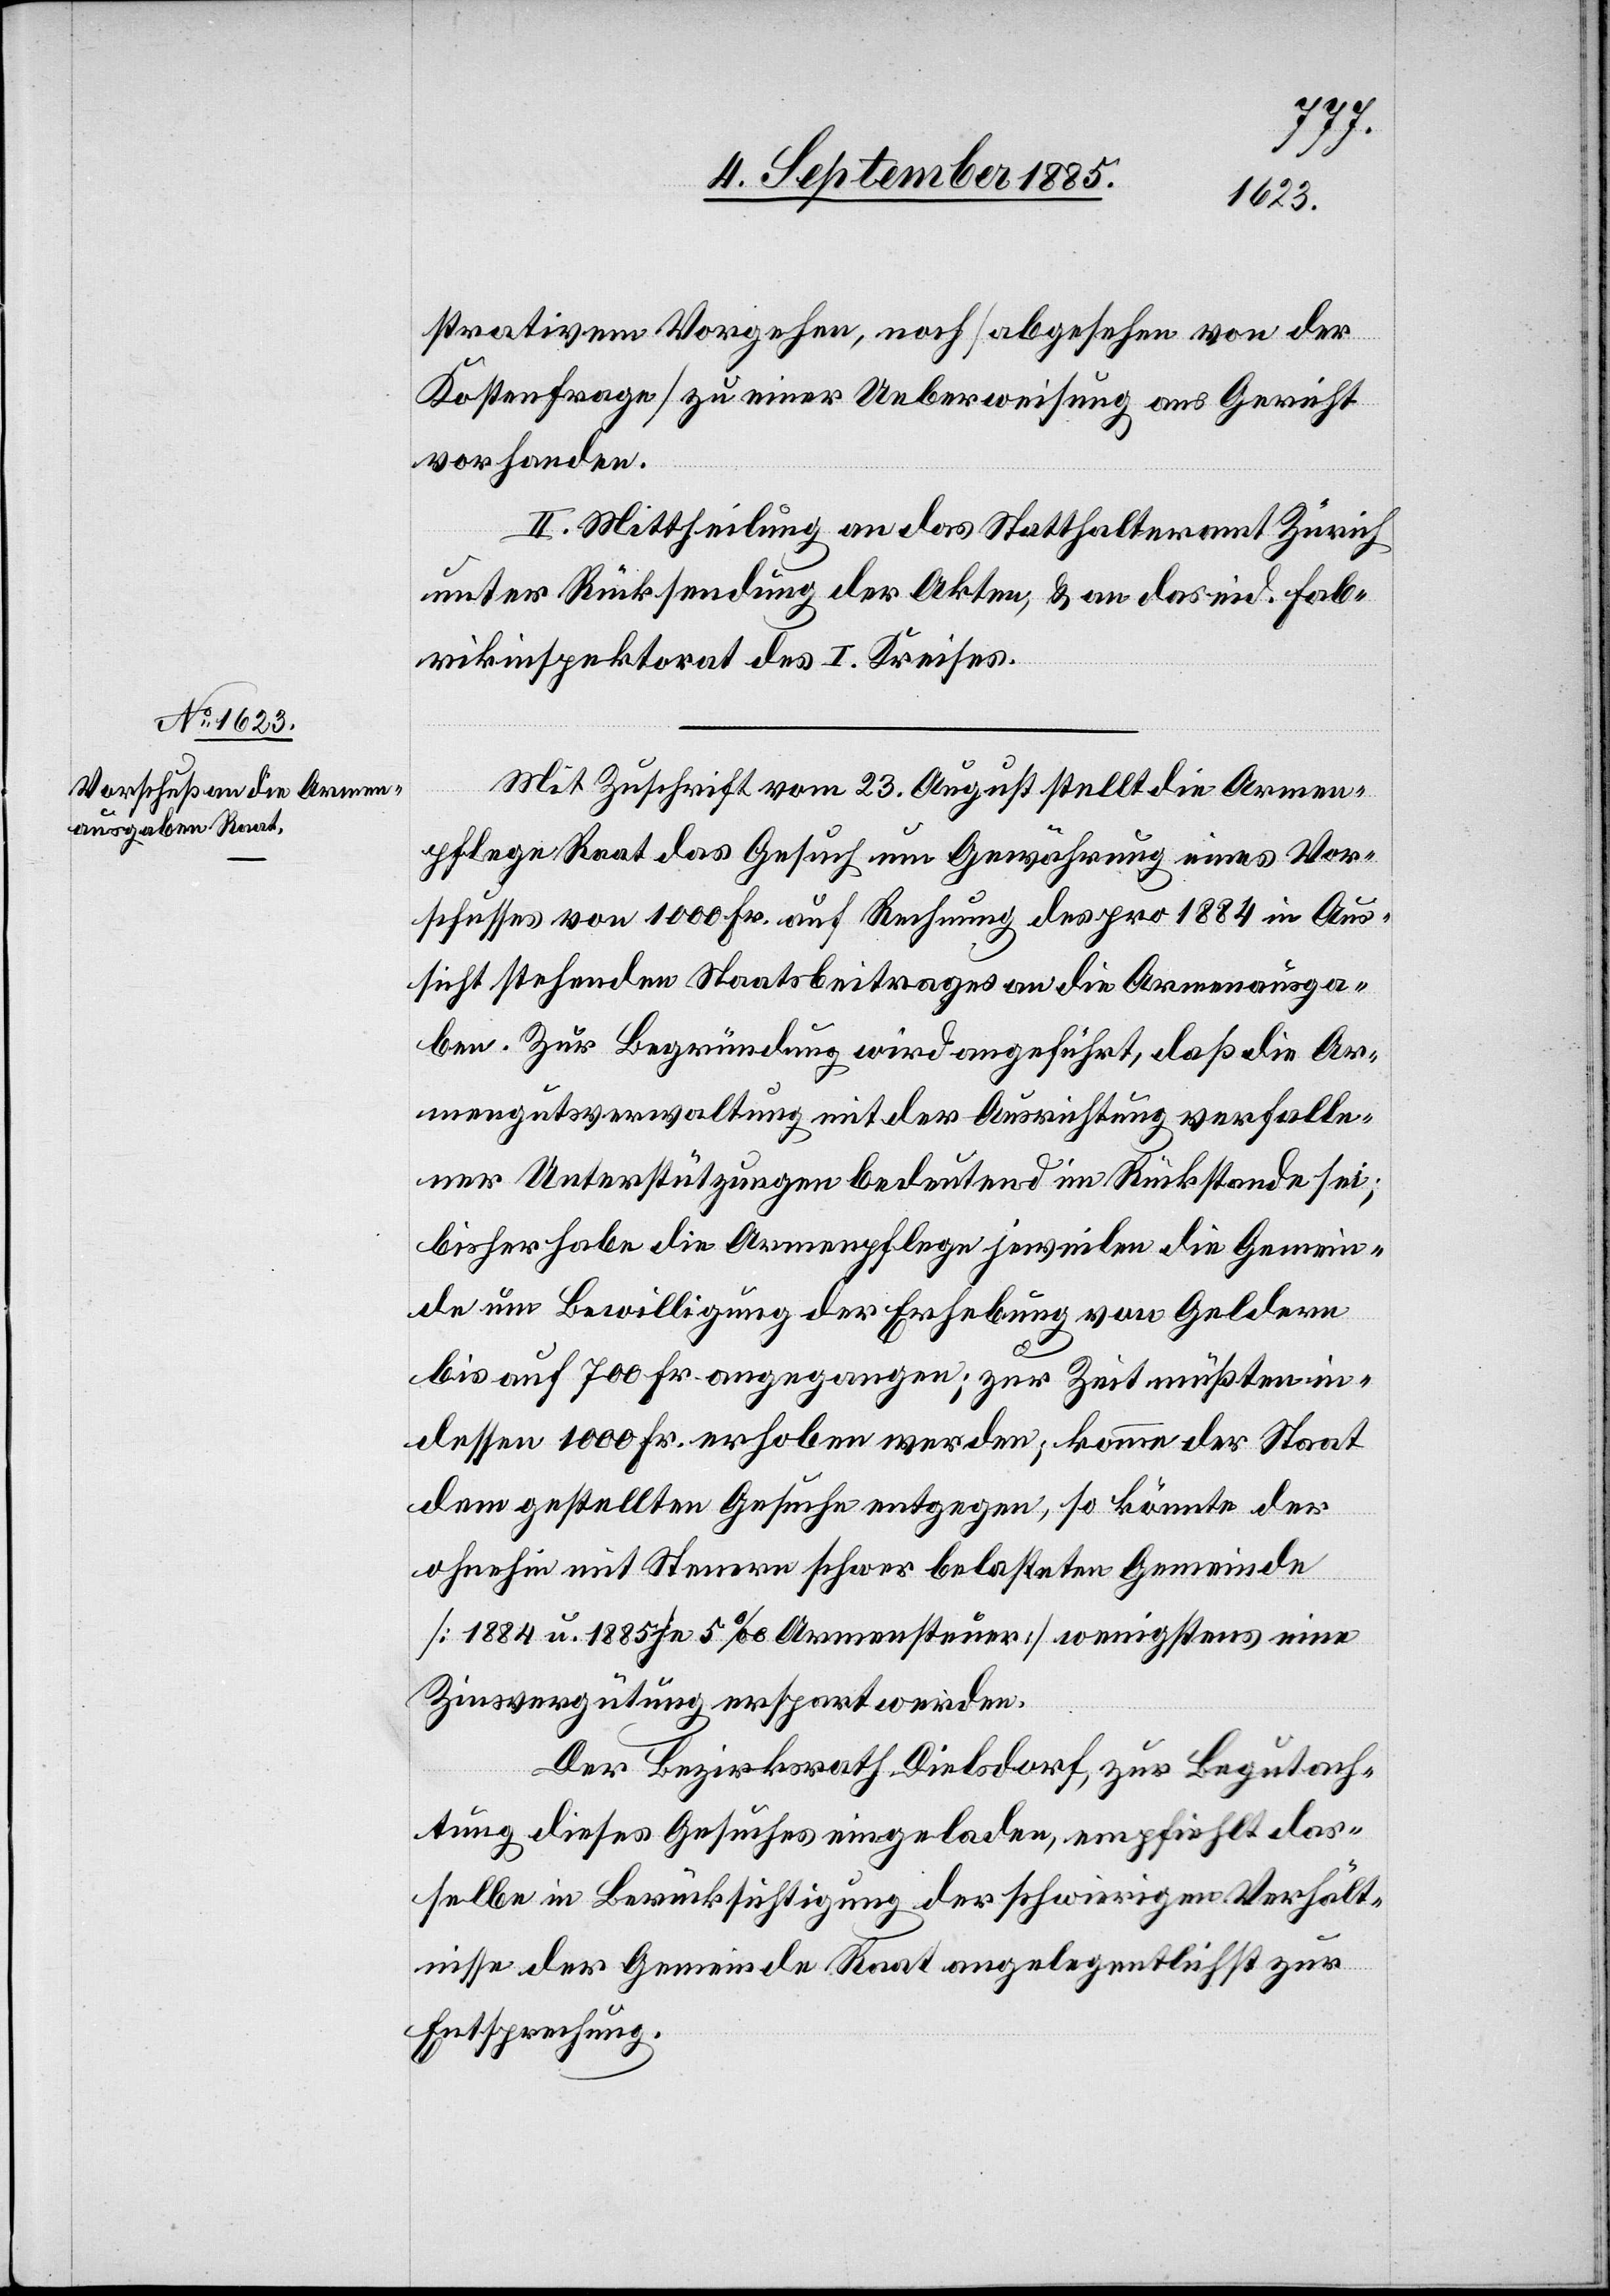
strativem Vorgehen, noch [abgesehen von der
Kostenfrage] zu einer Ueberweisung ans Gericht
vorhanden.
II. Mittheilung an das Statthalteramt Zürich
unter Rücksendung der Akten, & an das eid. Fab¬
rikinspektorat des I. Kreises.
Mit Zuschrift vom 23. August stellt die Armen¬
pflege Raat das Gesuch um Gewährung eines Vor¬
schusses von 1000 Fr. auf Rechnung des pro 1884 in Aus¬
sicht stehenden Staatsbeitrages an die Armenausga¬
ben. Zur Begründung wird angeführt, daß die Ar¬
mengutsverwaltung mit der Ausrichtung verfalle¬
ner Unterstützungen bedeutend im Rückstande sei;
bisher habe die Armenpflege jeweilen die Gemein¬
de um Bewilligung der Erhebung von Geldern
bis auf 700 Fr. angegangen; zur Zeit müßten in¬
dessen 1000 Fr. erhoben werden; komme der Staat
dem gestellten Gesuche entgegen, so könnte der
ohnehin mit Steuern schwer belasteten Gemeinde
[1884 u. 1885 je 5‰ Armensteuern] wenigstens eine
Zinsvergütung erspart werden.
Der Bezirksrath Dielsdorf, zur Begutach¬
tung dieses Gesuches eingeladen, empfiehlt das¬
selbe in Berücksichtigung der schwierigen Verhält¬
nisse der Gemeinde Raat angelegentlichst zur
Entsprechung.